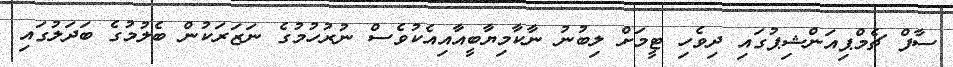
ސާފް ޗެމްޕިއަންޝިޕުގައި ދިވެހި ޓީމަށް ލިބުނު ނާކާމިޔާބީއާއިއެކުވެސް ނުރުހުމުގެ ނަޒަރަކުން ބެލުމުގެ ބަދަލުގައި